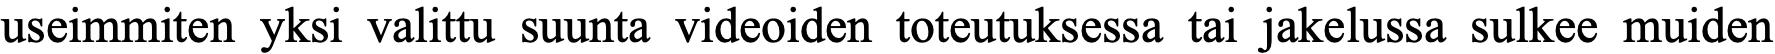
useimmiten yksi valittu suunta videoiden toteutuksessa tai jakelussa sulkee muiden